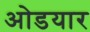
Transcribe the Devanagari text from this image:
ओडयार